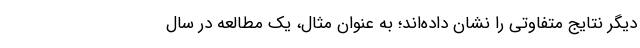
دیگر نتایج متفاوتی را نشان داده‌اند؛ به عنوان مثال، یک مطالعه در سال